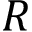
R